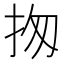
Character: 𢫍